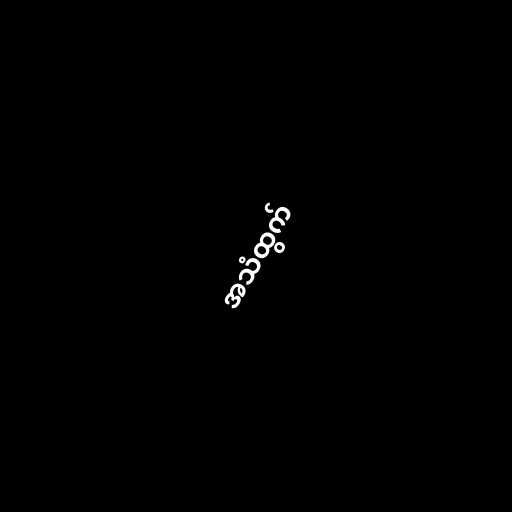
အသံထွက်